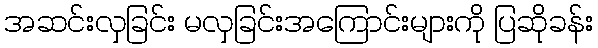
အဆင်းလှခြင်း မလှခြင်းအကြောင်းများကို ပြဆိုခန်း